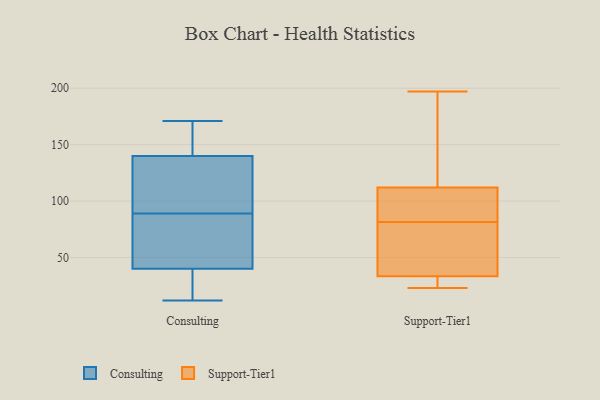
{"axis": {"x": "Inventory Turnover", "y": "Value"}, "legend": ["Consulting", "Support-Tier1"], "data": [{"x": "", "y": 168, "type": "Consulting"}, {"x": "", "y": 17, "type": "Consulting"}, {"x": "", "y": 16, "type": "Consulting"}, {"x": "", "y": 45, "type": "Consulting"}, {"x": "", "y": 25, "type": "Consulting"}, {"x": "", "y": 158, "type": "Consulting"}, {"x": "", "y": 123, "type": "Consulting"}, {"x": "", "y": 97, "type": "Consulting"}, {"x": "", "y": 160, "type": "Consulting"}, {"x": "", "y": 171, "type": "Consulting"}, {"x": "", "y": 89, "type": "Consulting"}, {"x": "", "y": 134, "type": "Consulting"}, {"x": "", "y": 75, "type": "Consulting"}, {"x": "", "y": 130, "type": "Consulting"}, {"x": "", "y": 70, "type": "Consulting"}, {"x": "", "y": 56, "type": "Consulting"}, {"x": "", "y": 12, "type": "Consulting"}, {"x": "", "y": 108, "type": "Support-Tier1"}, {"x": "", "y": 96, "type": "Support-Tier1"}, {"x": "", "y": 92, "type": "Support-Tier1"}, {"x": "", "y": 61, "type": "Support-Tier1"}, {"x": "", "y": 92, "type": "Support-Tier1"}, {"x": "", "y": 29, "type": "Support-Tier1"}, {"x": "", "y": 39, "type": "Support-Tier1"}, {"x": "", "y": 71, "type": "Support-Tier1"}, {"x": "", "y": 34, "type": "Support-Tier1"}, {"x": "", "y": 189, "type": "Support-Tier1"}, {"x": "", "y": 33, "type": "Support-Tier1"}, {"x": "", "y": 23, "type": "Support-Tier1"}, {"x": "", "y": 116, "type": "Support-Tier1"}, {"x": "", "y": 197, "type": "Support-Tier1"}, {"x": "", "y": 26, "type": "Support-Tier1"}, {"x": "", "y": 132, "type": "Support-Tier1"}]}